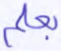
بعلم